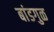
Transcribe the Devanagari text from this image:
बांडगुळ